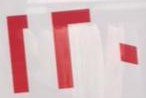
120